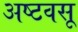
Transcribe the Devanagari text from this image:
अष्टवसू